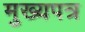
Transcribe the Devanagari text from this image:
मुख्यपत्र